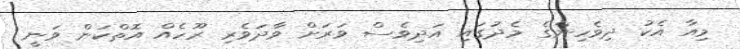
މިއާ އެކު ދިވެހިންގެ މެދުގައި އަދިވެސް ވަރަށް ވާދަވެރި ރޫހެއް އޮތްކަން ވަނީ